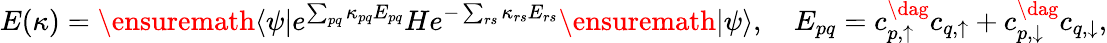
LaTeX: E(\kappa)=\ensuremath{\langle{\psi}\rvert}e^{\sum_{pq}\kappa_{pq}E_{pq}}He^{-\sum_{rs}\kappa_{rs}E_{rs}}\ensuremath{\lvert{\psi}\rangle},\quad E_{pq}=c_{p,\uparrow}^{\dag}c_{q,\uparrow}+c_{p,\downarrow}^{\dag}c_{q,\downarrow},